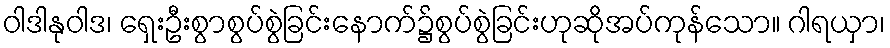
ဝါဒါနုဝါဒ၊ ရှေးဦးစွာစွပ်စွဲခြင်းနောက်၌စွပ်စွဲခြင်းဟုဆိုအပ်ကုန်သော။ ဂါရယှာ၊